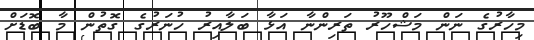
މިހާރުގެ ނަން މަޝްހޫރު ތަރިންނާ އަޅާ ބަލާއިރު ހުނަރުގެ ގޮތުން މާ ބޮޑަށް